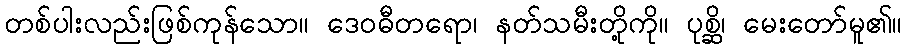
တစ်ပါးလည်းဖြစ်ကုန်သော။ ဒေဝဓီတရော၊ နတ်သမီးတို့ကို။ ပုစ္ဆိ၊ မေးတော်မူ၏။